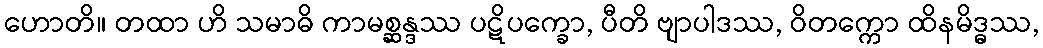
ဟောတိ။ တထာ ဟိ သမာဓိ ကာမစ္ဆန္ဒဿ ပဋိပက္ခော, ပီတိ ဗျာပါဒဿ, ဝိတက္ကော ထိနမိဒ္ဓဿ,